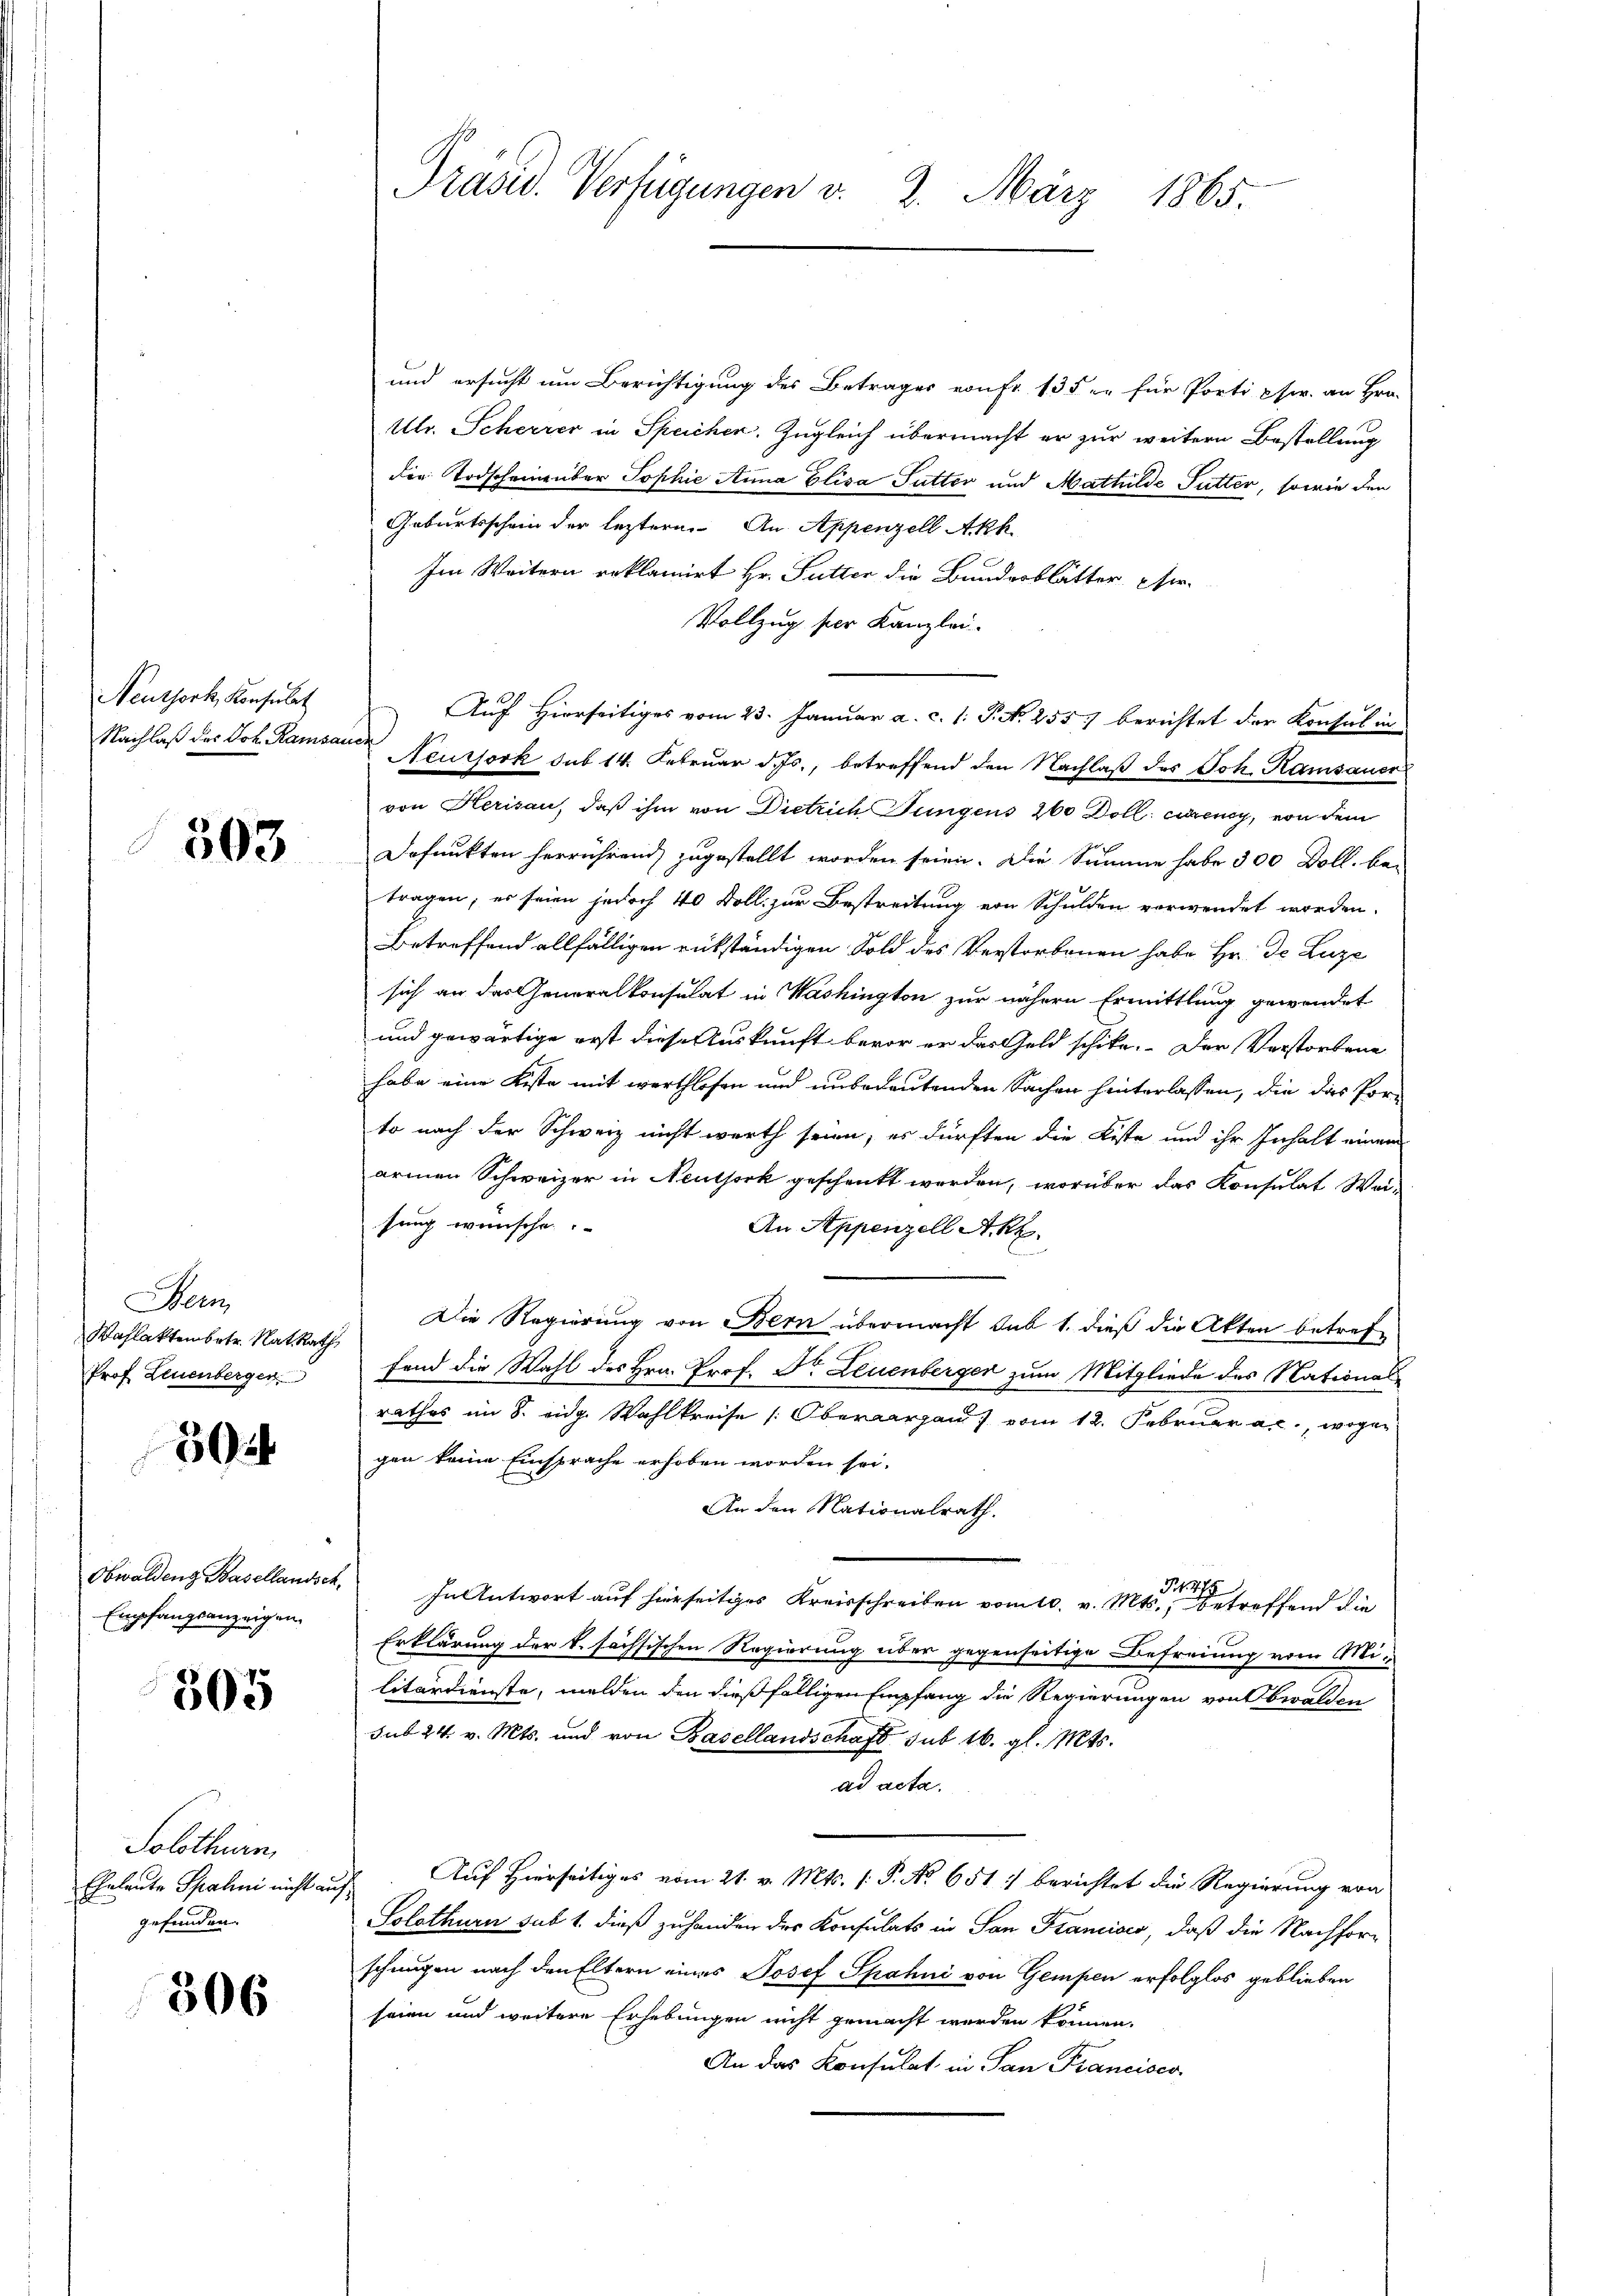
Neuthork, Konsulat
Nachlaß des Joh. Ramsauer

503

Nem
Wahlaktenbetr. Nat. Rath,
Prof. Leuenberger

304

Obwalden Basellandsch
Empfangsanzeigen.

305

Solothurn,
Eheleute Spahni nicht an
gefunden.

306

Präsid. Verfügungen v. 2. März 1865.

und ersucht um Berichtigung des Betrages von Fr. 13 der für Porti phw. an Hrn.
Ubr. Scherrer in Speichen. Zugleich übermacht er zur weitern Bestellung
die Todscheinenber Sophie Anna Elisa Futter und Mathilde Futter, sowie den
Geburtsschein der lezteren An Appenzell Akh
Im Weitern reklamirt Hr. Futter die Bunderblätter Eher
Vollzug per Kanzlei.
Auf Hierseitiges vom 23. Januar a. c. 1. P. No 255) berichtet der Konsul in
Aeussork sub 14. Februar d. Js., betreffend den Nachlaß des Joh. Kamsauer
von Herisau, daß ihm von Dietrich Jungens 260 Doll einen, von dem
Dofunkten herrührend zugestellt worden seien. Die Summe habe 300 Doll. be-
tragen; es seien jedoch 40 Foll zur Bestreitung von Schulden verwendet worden.
Betreffend allfälligen rückständigen Sold des Verstorbenen habe Hr. Dr. Luze
sich an das Generalkonsulat in Washington zur nähern Ermittlung gewendet
und gewärtige erst diese Auskunft bevor er das Geld schike. Der Verstorbene
habe eine Kiste mit werthlosen und unbedeutenden Sachen hinterlassen, die das Por-
to nach der Schweiz nicht werth seien; es dürften die Kiste und ihr Inhalt einem
armen Schweizer in Neuthork geschenkt werden, worüber das Konsulat Wei-
sung wünsche
An Appenzell Akk.
Die Regierung von Bern übermacht sub 1. dieß die Akten betref
fend die Wahl des Hrn. Prof. Dr. Leuenberger zum Mitgliede des National-
rathes im 8. eidg. Wahlkreise [Oberaargau vom 12. Februar a.c., wegen
gen keine Einsprache erhoben worden sei.
An den Nationalrath.
Fr. 475
In Antwort auf hierseitiges Kreisschreiben vom 10. v. Mts., betreffend die
Erklärung der k. sächsischen Regierung über gegenseitige Befreiung vom Militärdienste, melden den dießfälligen Empfang die Regierungen von bwalden
sub 24. v. Mts. und von Basellandschaft sub 16. gl. Mts.
ad acta.
Auf Hierseitiges vom 21. v. Mts. f. P. No 651 :/ berichtet die Regierung von
Solothurn sub 1. dieß zuhanden der Konsulats in San Francisco, daß die Nachforschungen nach den Eltern eines Josef Spahni von Gempen erfolglos geblieben
seien und weitere Erhebungen nicht gemacht werden können.
An das Konsulat in San Francisco